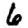
Digit: 6